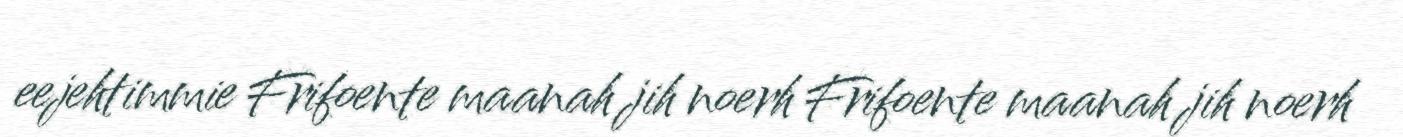
eejehtimmie Frifoente maanah jih noerh Frifoente maanah jih noerh